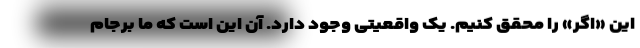
این «اگر» را محقق کنیم. یک واقعیتی وجود دارد. آن این است که ما برجام